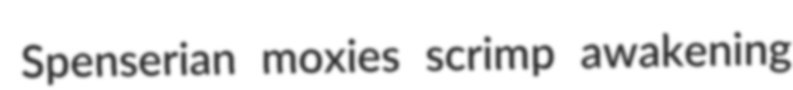
Spenserian moxies scrimp awakening